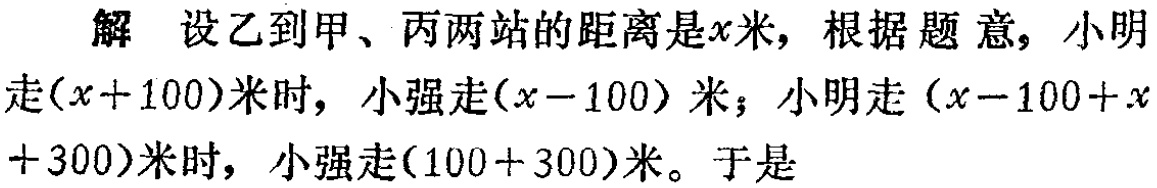
解 设乙到甲、丙两站的距离是\(x\)米，根据题意，小明走\((x + 100)\)米时，小强走\((x - 100)\)米；小明走\((x - 100 + x+ 300)\)米时，小强走\((100 + 300)\)米。于是